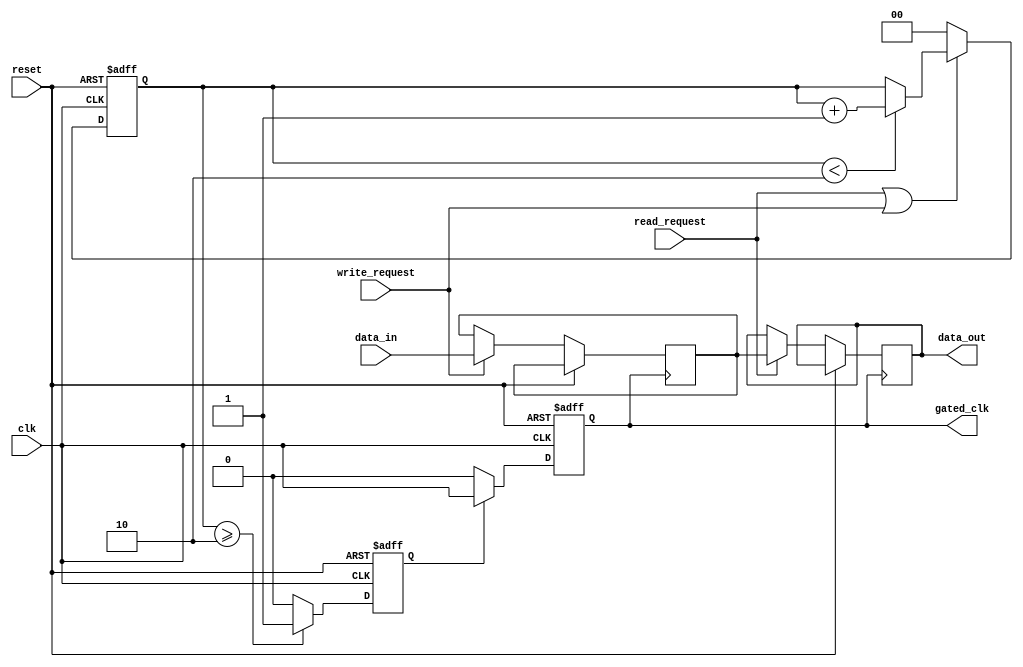
module memory_clock_gating (
    input wire clk,                // Original clock signal
    input wire reset,              // Reset signal
    input wire read_request,       // Read control signal
    input wire write_request,      // Write control signal
    output wire [7:0] data_out,    // Data output (for read operations)
    input wire [7:0] data_in,      // Data input (for write operations)
    output wire gated_clk          // Gated clock signal to memory block
);

    // Parameter for activity threshold
    parameter ACTIVITY_THRESHOLD = 2;

    reg [1:0] activity_count;       // Counter for activity detection
    reg activity_signal;             // Activity signal for clock gating
    reg gated_clk_internal;          // Internal gated clock signal
    reg [7:0] memory_cells [0:255]; // Example memory array (256 x 8-bit)

    // Activity Detection Logic
    always @(posedge clk or posedge reset) begin
        if (reset) begin
            activity_count <= 0;
            activity_signal <= 0;
        end else begin
            // Count activity based on requests
            if (read_request || write_request) begin
                if (activity_count < ACTIVITY_THRESHOLD) begin
                    activity_count <= activity_count + 1;
                end
            end else begin
                activity_count <= 0; // Reset counter if no activity
            end
            
            // Generate activity signal
            activity_signal <= (activity_count >= ACTIVITY_THRESHOLD) ? 1'b1 : 1'b0;
        end
    end

    // Clock Gating Logic
    always @(posedge clk or posedge reset) begin
        if (reset) begin
            gated_clk_internal <= 0;
        end else begin
            gated_clk_internal <= activity_signal ? clk : 1'b0; // Gated clock
        end
    end

    // Memory Operations (example)
    always @(posedge gated_clk_internal or posedge reset) begin
        if (reset) begin
            // Optionally initialize memory
        end else begin
            if (write_request) begin
                // Assume some address logic here
                memory_cells[0] <= data_in; // Simple write operation to address 0
            end
            
            if (read_request) begin
                // Assume some address logic here
                data_out <= memory_cells[0]; // Simple read operation from address 0
            end
        end
    end

    assign gated_clk = gated_clk_internal; // Output the gated clock signal

endmodule